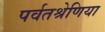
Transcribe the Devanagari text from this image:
पर्वतश्रेणिया